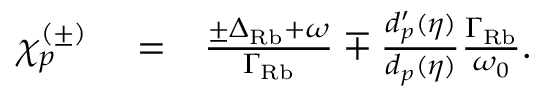
\begin{array} { r l r } { \chi _ { p } ^ { ( \pm ) } } & { { } = } & { \frac { \pm \Delta _ { \mathrm { R b } } + \omega } { \Gamma _ { \mathrm { R b } } } \mp \frac { d _ { p } ^ { \prime } ( \eta ) } { d _ { p } ( \eta ) } \frac { \Gamma _ { \mathrm { R b } } } { \omega _ { 0 } } . } \end{array}